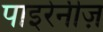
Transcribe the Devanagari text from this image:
पाइरेनीज़